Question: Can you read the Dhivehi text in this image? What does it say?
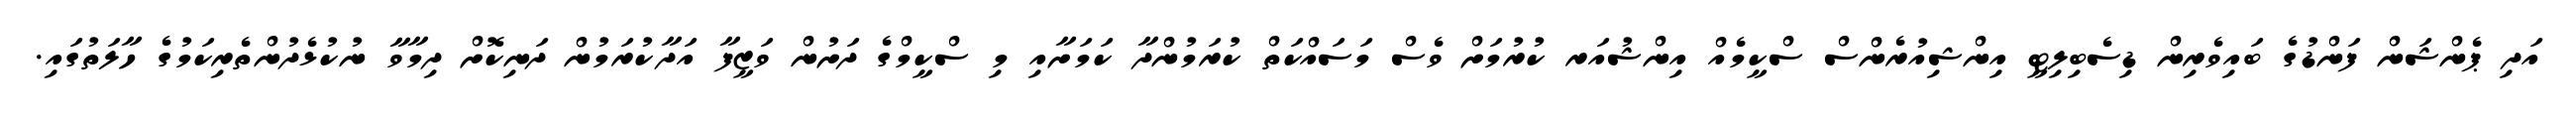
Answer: އަދި ޕެންޝަން ފަންޑުގެ ބައިވެރިން ޑިސެބިލިޓީ އިންޝިއުރެންސް ސްކީމެއް އިންޝުއަރ ކުރުމަށް ވެސް މަސައްކަތް ކުރަމުންދާ ކަމަށާއި މި ސްކީމްގެ ދަށުން ވަޒީފާ އަދާކުރަމުން ދަނިކޮށް ދިމާވާ ނުކުޅެދުންތެރިކަމުގެ ހާލަތުގައި.